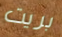
بريت